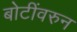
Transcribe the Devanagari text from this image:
बोटींवरुन